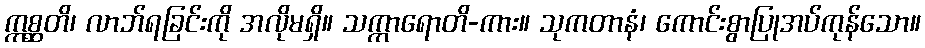
ဣစ္ဆတိ၊ လာဘ်ရခြင်းကို အလိုမရှိ။ သက္ကာရောတိ-ကား။ သုကတာနံ၊ ကောင်းစွာပြုအပ်ကုန်သော။